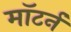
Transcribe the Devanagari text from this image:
मॉटर्न